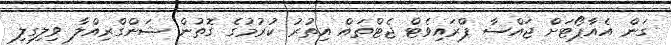
ގަން އެއާޕޯޓަށް ޖައްސާ ޕްރައިވެޓް ޖެޓްތައް އިތުރު ކުރުމުގެ ގޮތުން ޝަންގްރިއްލާ ވިލިގިލި